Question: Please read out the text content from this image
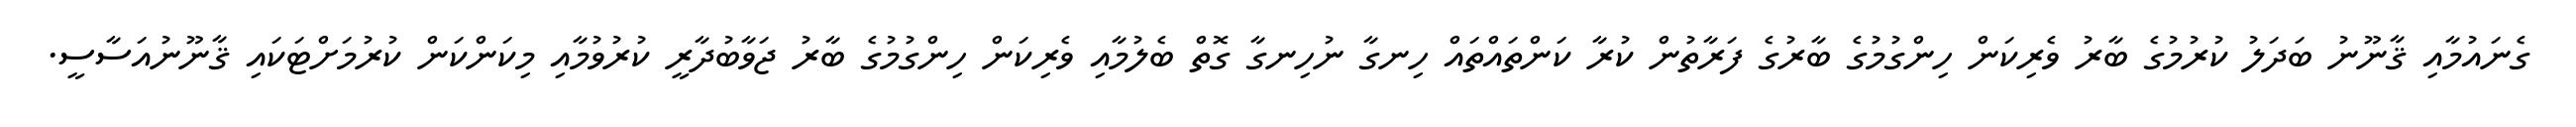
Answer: ގެނައުމާއި ޤާނޫނު ބަދަލު ކުރުމުގެ ބާރު ވެރިކަން ހިންގުމުގެ ބާރުގެ ފަރާތުން ކުރާ ކަންތައްތައް ހިނގާ ނުހިނގާ ގޮތް ބެލުމާއި ވެރިކަން ހިންގުމުގެ ބާރު ޖަވާބުދާރީ ކުރުވުމާއި މިކަންކަން ކުރުމަށްޓަކައި ޤާނޫނުއަސާސީ.